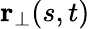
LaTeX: \mathbf{r}_{\perp}(s,t)